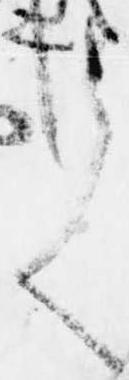
て